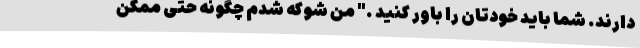
دارند. شما باید خودتان را باور کنید ." من شوکه شدم چگونه حتی ممکن